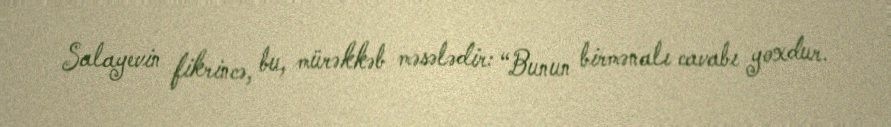
Salayevin fikrincə, bu, mürəkkəb məsələdir: “Bunun birmənalı cavabı yoxdur.